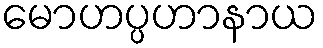
မောဟပ္ပဟာနာယ